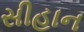
સીહાન